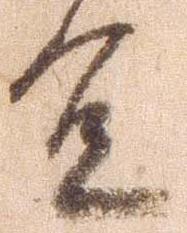
宜